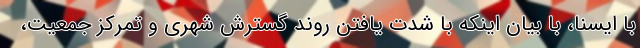
با ایسنا، با بیان اینکه با شدت یافتن روند گسترش شهری و تمرکز جمعیت،